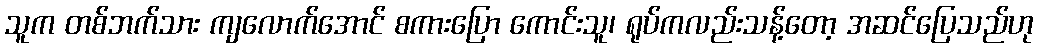
သူက တစ်ဘက်သား ကျလောက်အောင် စကားပြော ကောင်းသူ၊ ရုပ်ကလည်းသန့်တော့ အဆင်ပြေသည်ဟု